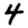
Digit: 4